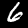
Digit: 6